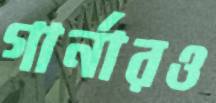
গার্নারও